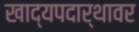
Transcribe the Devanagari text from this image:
खाद्यपदार्थावर